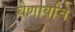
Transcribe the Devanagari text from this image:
घेणार्याचे